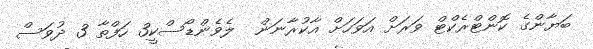
ބަޔާންގެ ކޮންޓްރެކްޓް ވަރަށް އަވަހަށް އާކުރާނަން  ލެވެންޑޯސްކީ3 ހަފްތާ 3 ދުވަސް